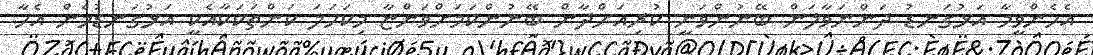
އެހެންވީމާ އަޅުގަނޑު ދަންނަވާލަން ބޭނުންވަނީ ކުރިއަށްދާން ބޭނުންކަމަށްވަންޏާ މިކަހަލަ ކަންތަކަކާއެކީ އަޅުގަނޑުމެން އެހާ